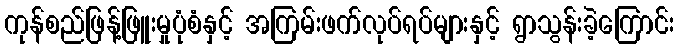
ကုန်စည်ဖြန့်ဖြူးမှုပုံစံနှင့် အကြမ်းဖက်လုပ်ရပ်များနှင့် ရွာသွန်းခဲ့ကြောင်း